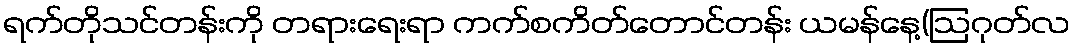
ရက်တိုသင်တန်းကို တရားရေးရာ ကက်စကိတ်တောင်တန်း ယမန်နေ့(ဩဂုတ်လ